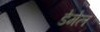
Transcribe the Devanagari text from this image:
डेमेल